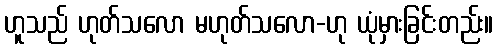
ဟူသည် ဟုတ်သလော မဟုတ်သလော-ဟု ယုံမှားခြင်းတည်း။